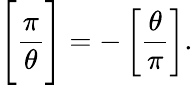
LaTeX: {\Bigg[}{\frac{\pi}{\theta}}{\Bigg]}=-\left[{\frac{\theta}{\pi}}\right].